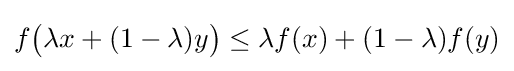
f{\bigl (}\lambda x+(1-\lambda )y{\bigr )}\leq \lambda f(x)+(1-\lambda )f(y)